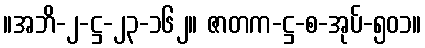
။အဘိ-၂-ဋ္ဌ-၂၃-၁၆၂။ ဇာတက-ဋ္ဌ-စ-အုပ်-၅၀၁။